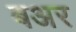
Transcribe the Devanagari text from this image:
बअर